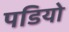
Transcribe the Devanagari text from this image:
पडियो